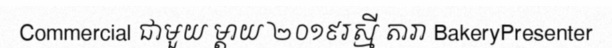
Commercial ជាមួយ ម្តាយ ២០១៩រស្មី តារា BakeryPresenter